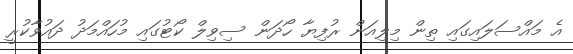
އެ މައްސަލައިގައި ތިން މިލިއަން ރުފިޔާ ހޯދަން ސިވިލް ކޯޓުގައި މުހައްމަދު ދައުވާކުރީ